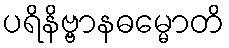
ပရိနိဗ္ဗာနဓမ္မောတိ